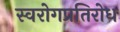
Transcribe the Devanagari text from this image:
स्वरोगप्रतिरोध